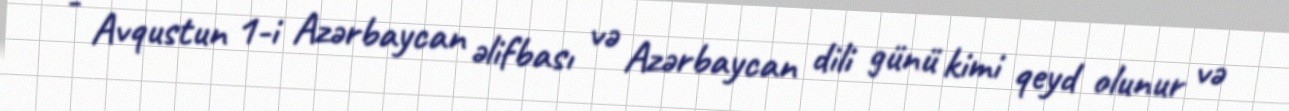
- Avqustun 1-i Azərbaycan əlifbası və Azərbaycan dili günü kimi qeyd olunur və